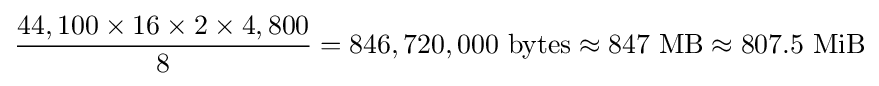
{\frac {44,100\times 16\times 2\times 4,800}{8}}=846,720,000\ {\text{bytes}}\approx 847\ {\text{MB}}\approx 807.5\ {\text{MiB}}